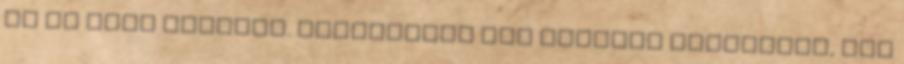
is el kell kerülni. Amennyiben még egyszer előfordul, már